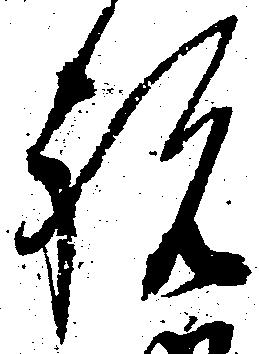
祝